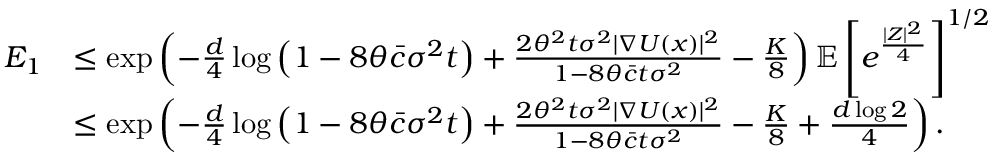
\begin{array} { r l } { E _ { 1 } } & { \le \exp \left( - \frac { d } { 4 } \log \left( 1 - 8 \theta \bar { c } \sigma ^ { 2 } t \right) + \frac { 2 \theta ^ { 2 } t \sigma ^ { 2 } | \nabla U ( x ) | ^ { 2 } } { 1 - 8 \theta \bar { c } t \sigma ^ { 2 } } - \frac { K } { 8 } \right) \mathbb { E } \left[ e ^ { \frac { | Z | ^ { 2 } } { 4 } } \right] ^ { 1 / 2 } } \\ & { \le \exp \left( - \frac { d } { 4 } \log \left( 1 - 8 \theta \bar { c } \sigma ^ { 2 } t \right) + \frac { 2 \theta ^ { 2 } t \sigma ^ { 2 } | \nabla U ( x ) | ^ { 2 } } { 1 - 8 \theta \bar { c } t \sigma ^ { 2 } } - \frac { K } { 8 } + \frac { d \log 2 } { 4 } \right) . } \end{array}